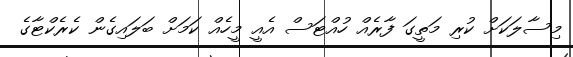
މިސާލަކަށް ކުރި މަތީގަ ފާރެއް ހުއްޓަސް އެއީ މީހެއް ކަމަށް ބަލައިގެން ކެރެކްޓާގެ